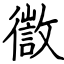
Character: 徾